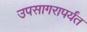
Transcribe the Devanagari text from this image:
उपसागरापर्यंत